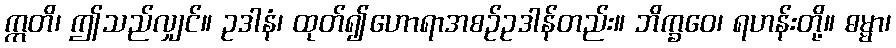
ဣတိ၊ ဤသည်လျှင်။ ဥဒါနံ၊ ထုတ်၍ဟောရာအစဉ်ဥဒါန်တည်း။ ဘိက္ခဝေ၊ ရဟန်းတို့။ ဓမ္မာ၊